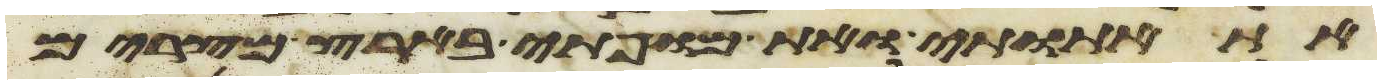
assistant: את אתותי ואת מופתי בארץ מצרים